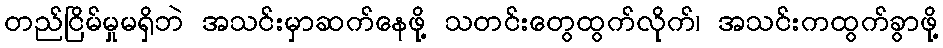
တည်ငြိမ်မှုမရှိဘဲ အသင်းမှာဆက်နေဖို့ သတင်းတွေထွက်လိုက်၊ အသင်းကထွက်ခွာဖို့